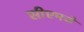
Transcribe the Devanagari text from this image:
सीएमजे